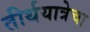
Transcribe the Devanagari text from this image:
तीर्थयात्रेचा